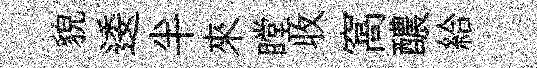
貌逶半來瞠收窩醲給